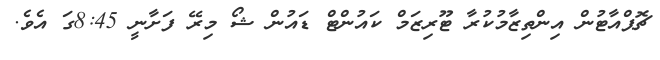
ޗޮޕްއާޓުން އިންތިޒާމުކުރާ ޓޫރިޒަމް ކައުންޓް ޑައުން ޝޯ މިރޭ ފަށާނީ 8:45ގަ އެވެ.